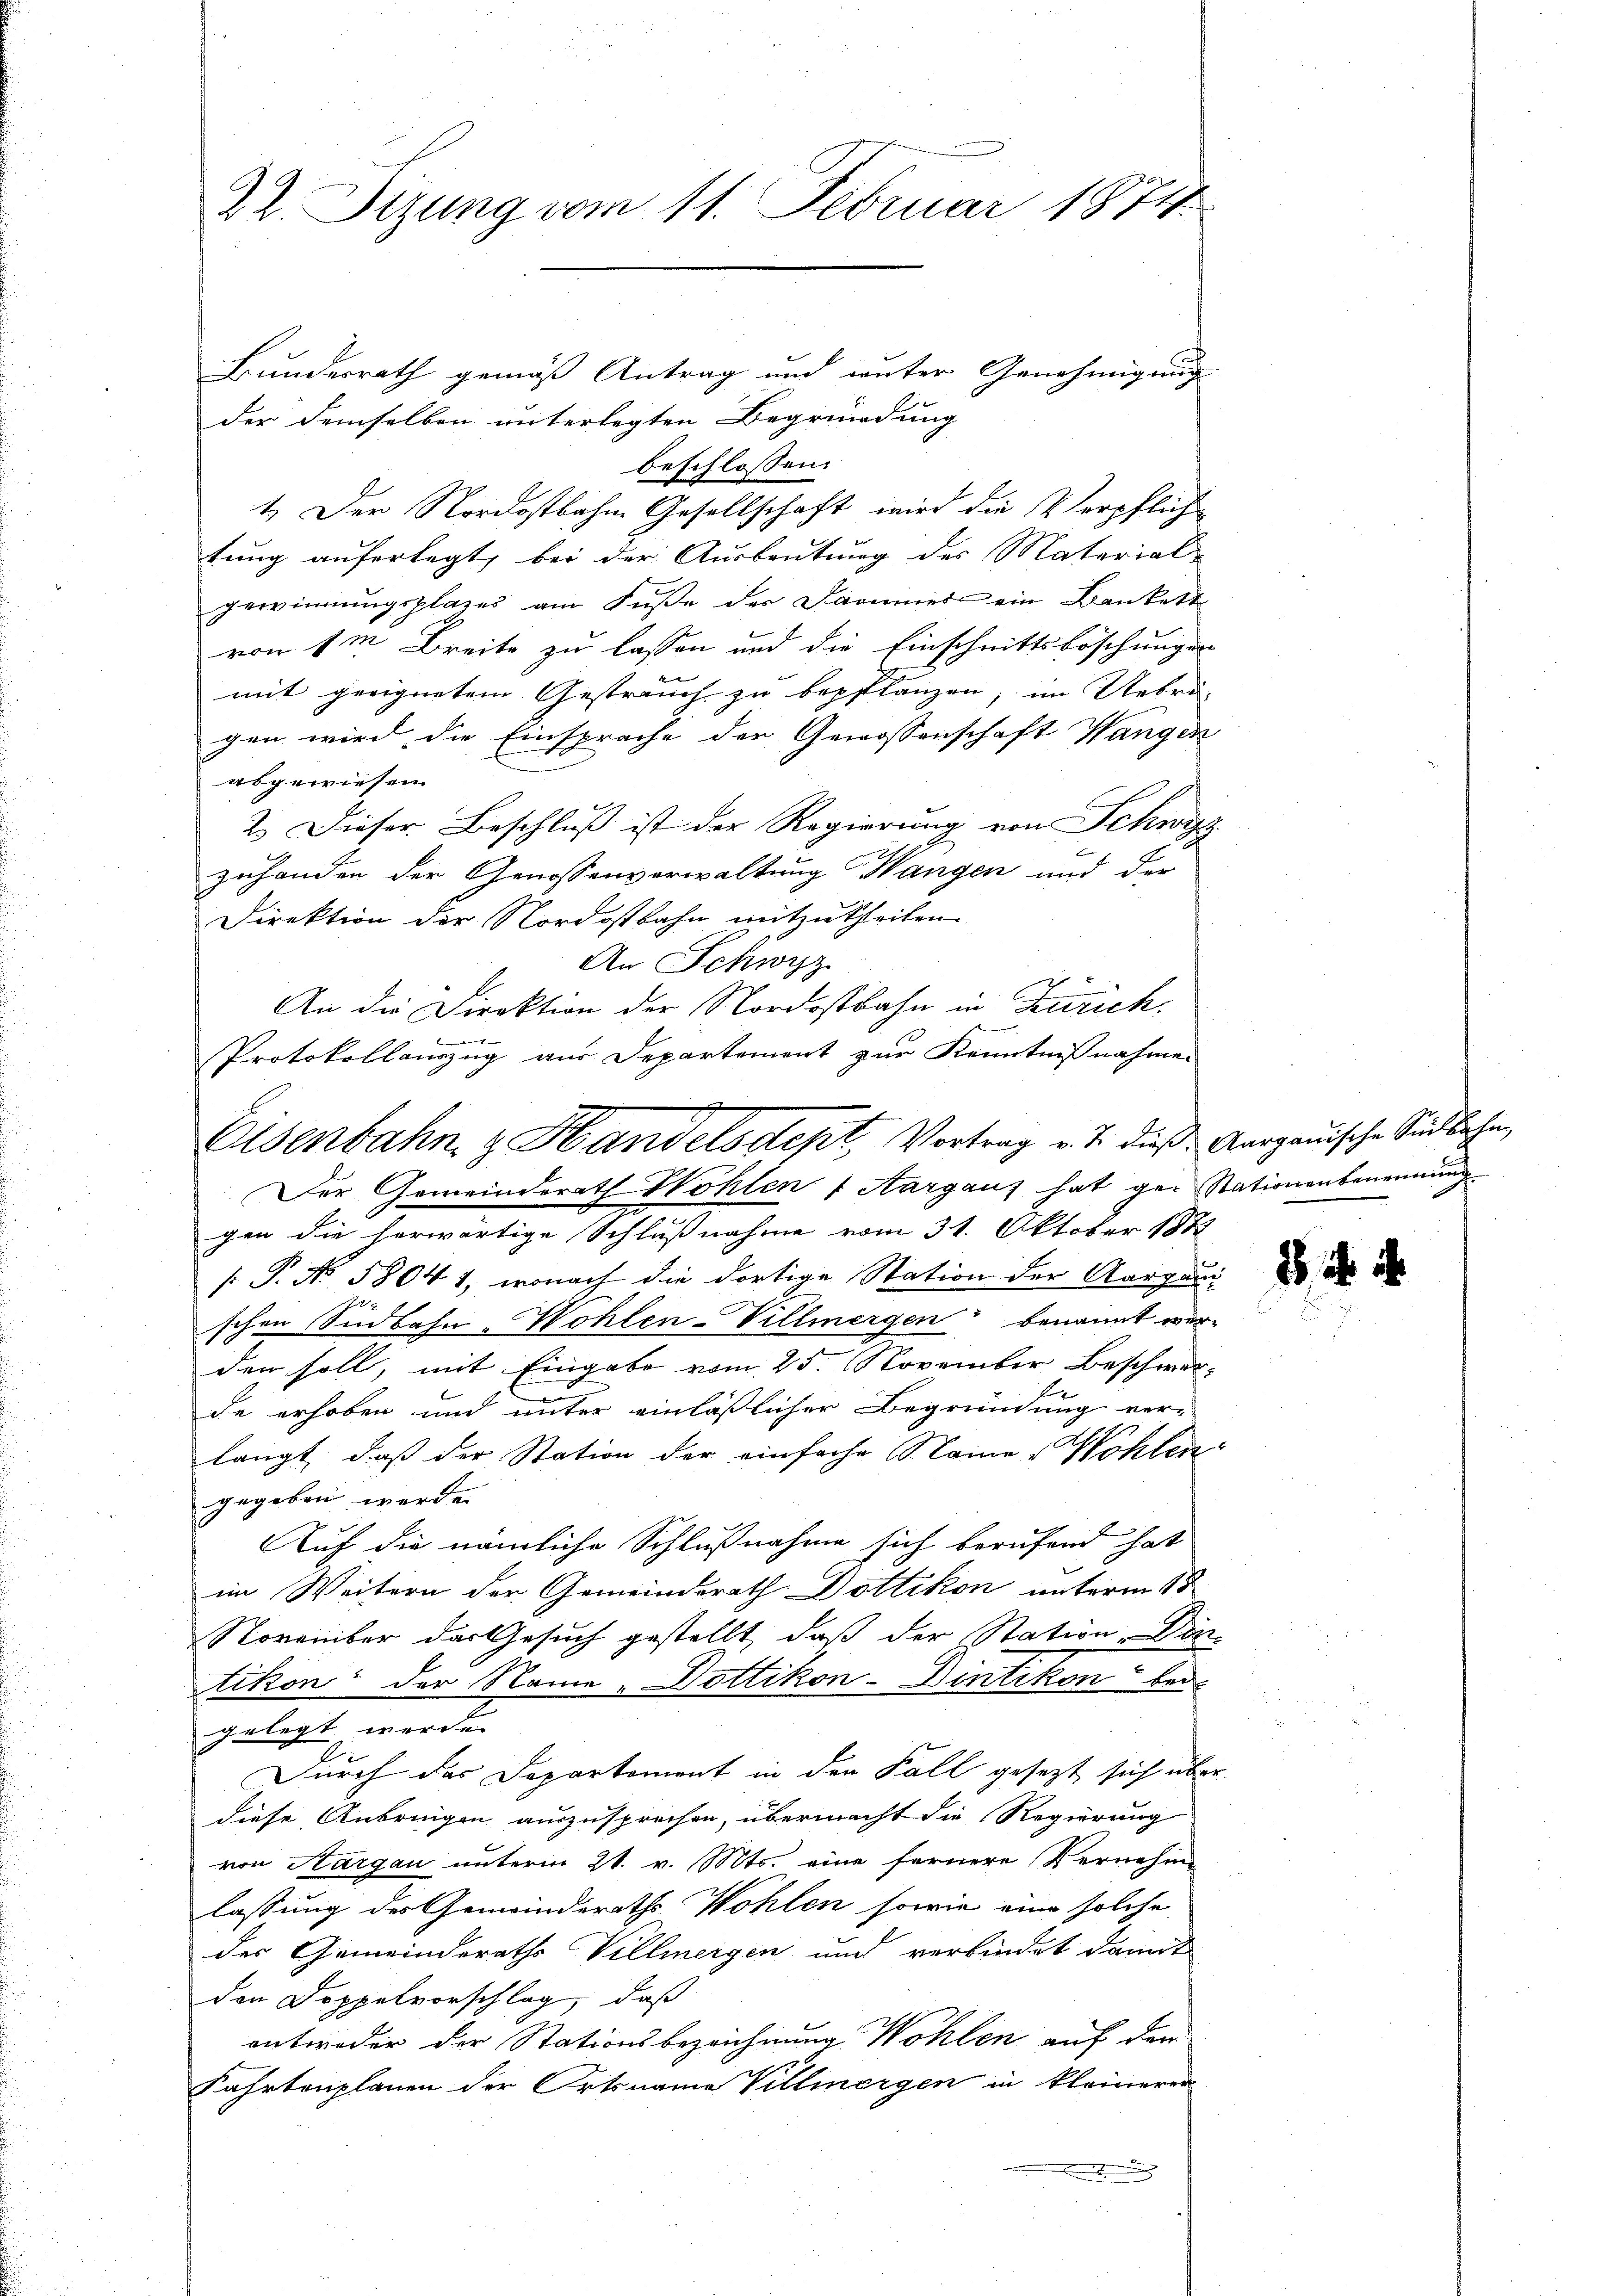
22. Sizung vom 11. Februar 1874.

Bundesrath gemäß Antrag und unter Genehmigung
der demselben unterlegten Begründung
beschlossen:
1. Der Nordostbahne Gesellschaft wird die Verpflich
tung auferlegt, bei der Ausbeutung des Material-
gewinnungsplates am Fuße der Daumer ein Bankett
von 1m Breite zu lassen und die Einschnittsböschungen
mit geeignetem Gestrauch zu bepflanzen, im Uebri
gen wird die Einsprache der Genossenschaft Wangen
abgewiesen
2. Dieser Beschluß ist der Regierung von Schwyz
zuhanden der Genossenverwaltung Wangen und der
Direktion der Nordostbahn mitzutheilen
An Schwyz
An die Direktion der Nordostbahn in Zürich.
gen die herwärtige Schlußnahme vom 31. Oktober 1882
.P. No. 58041, wonach die dortige Station der Aargau-
schen Südbahn-Wohlen-Villmergen benannt wer
den soll, mit Eingabe vom 25. November Beschwerde erhoben und unter einläßlicher Begründung ver-
langt, daß der Station der einfache Name Wohlen
gegeben werde.
Auf die nämliche Schlußnahme sich berufend hat
im Weitern der Gemeinderath Dottikon unterm 18
November das Gesuch gestellt, daß der Station, Dir
tikon der Name Dottikon-Dintikon bei
gelegt werde.
Durch das Departement in den Fall gesezt sich über
diese Anbringen auszusprechen, übermacht die Regierung
von Aargau unterm 21. v. Mts. eine fernere Vernehme
lassung des Gemeinderaths Wohlen sowie eine solche
der Gemeinderaths Villmergen und verbindet damit
den Doppelvorschlag, daß
entweder der Stationsbezeichnung Wohlen auf den
Fahrtenplanen der Ortsname Villmergen in kleineren
i

1
Protokollauszug aus Departement zur Kenntnißnahmen
Eisenbahn & Handelsdept, Vortrag v. J. dieß Aargauische Sindlichen,
Der Gemeinderath Wohlen Aargaus hat ger Stationenbenennung

x

88, i